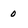
Character: 0